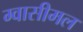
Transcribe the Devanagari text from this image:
ग्वासीमल